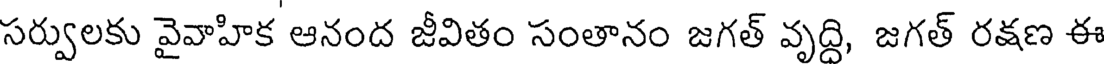
సర్వులకు వైవాహిక ఆనంద జీవితం సంతానం జగత్ వృద్ది, జగత్ రక్షణ ఈ